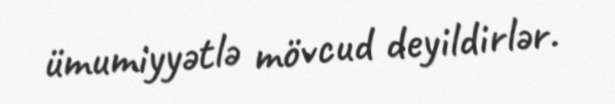
ümumiyyətlə mövcud deyildirlər.